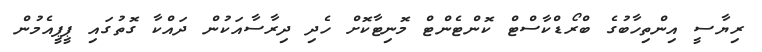
ރިޔާސީ އިންތިހާބުގެ ބްރޯޑްކާސްޓް ކޮންޓެންޓް މޮނިޓާކޮށް ހެދި ދިރާސާއަކުން ދައްކާ ގޮތުގައި ޕީޕީއެމުން